Eesti_Toorahva_Kommuun, lk 47
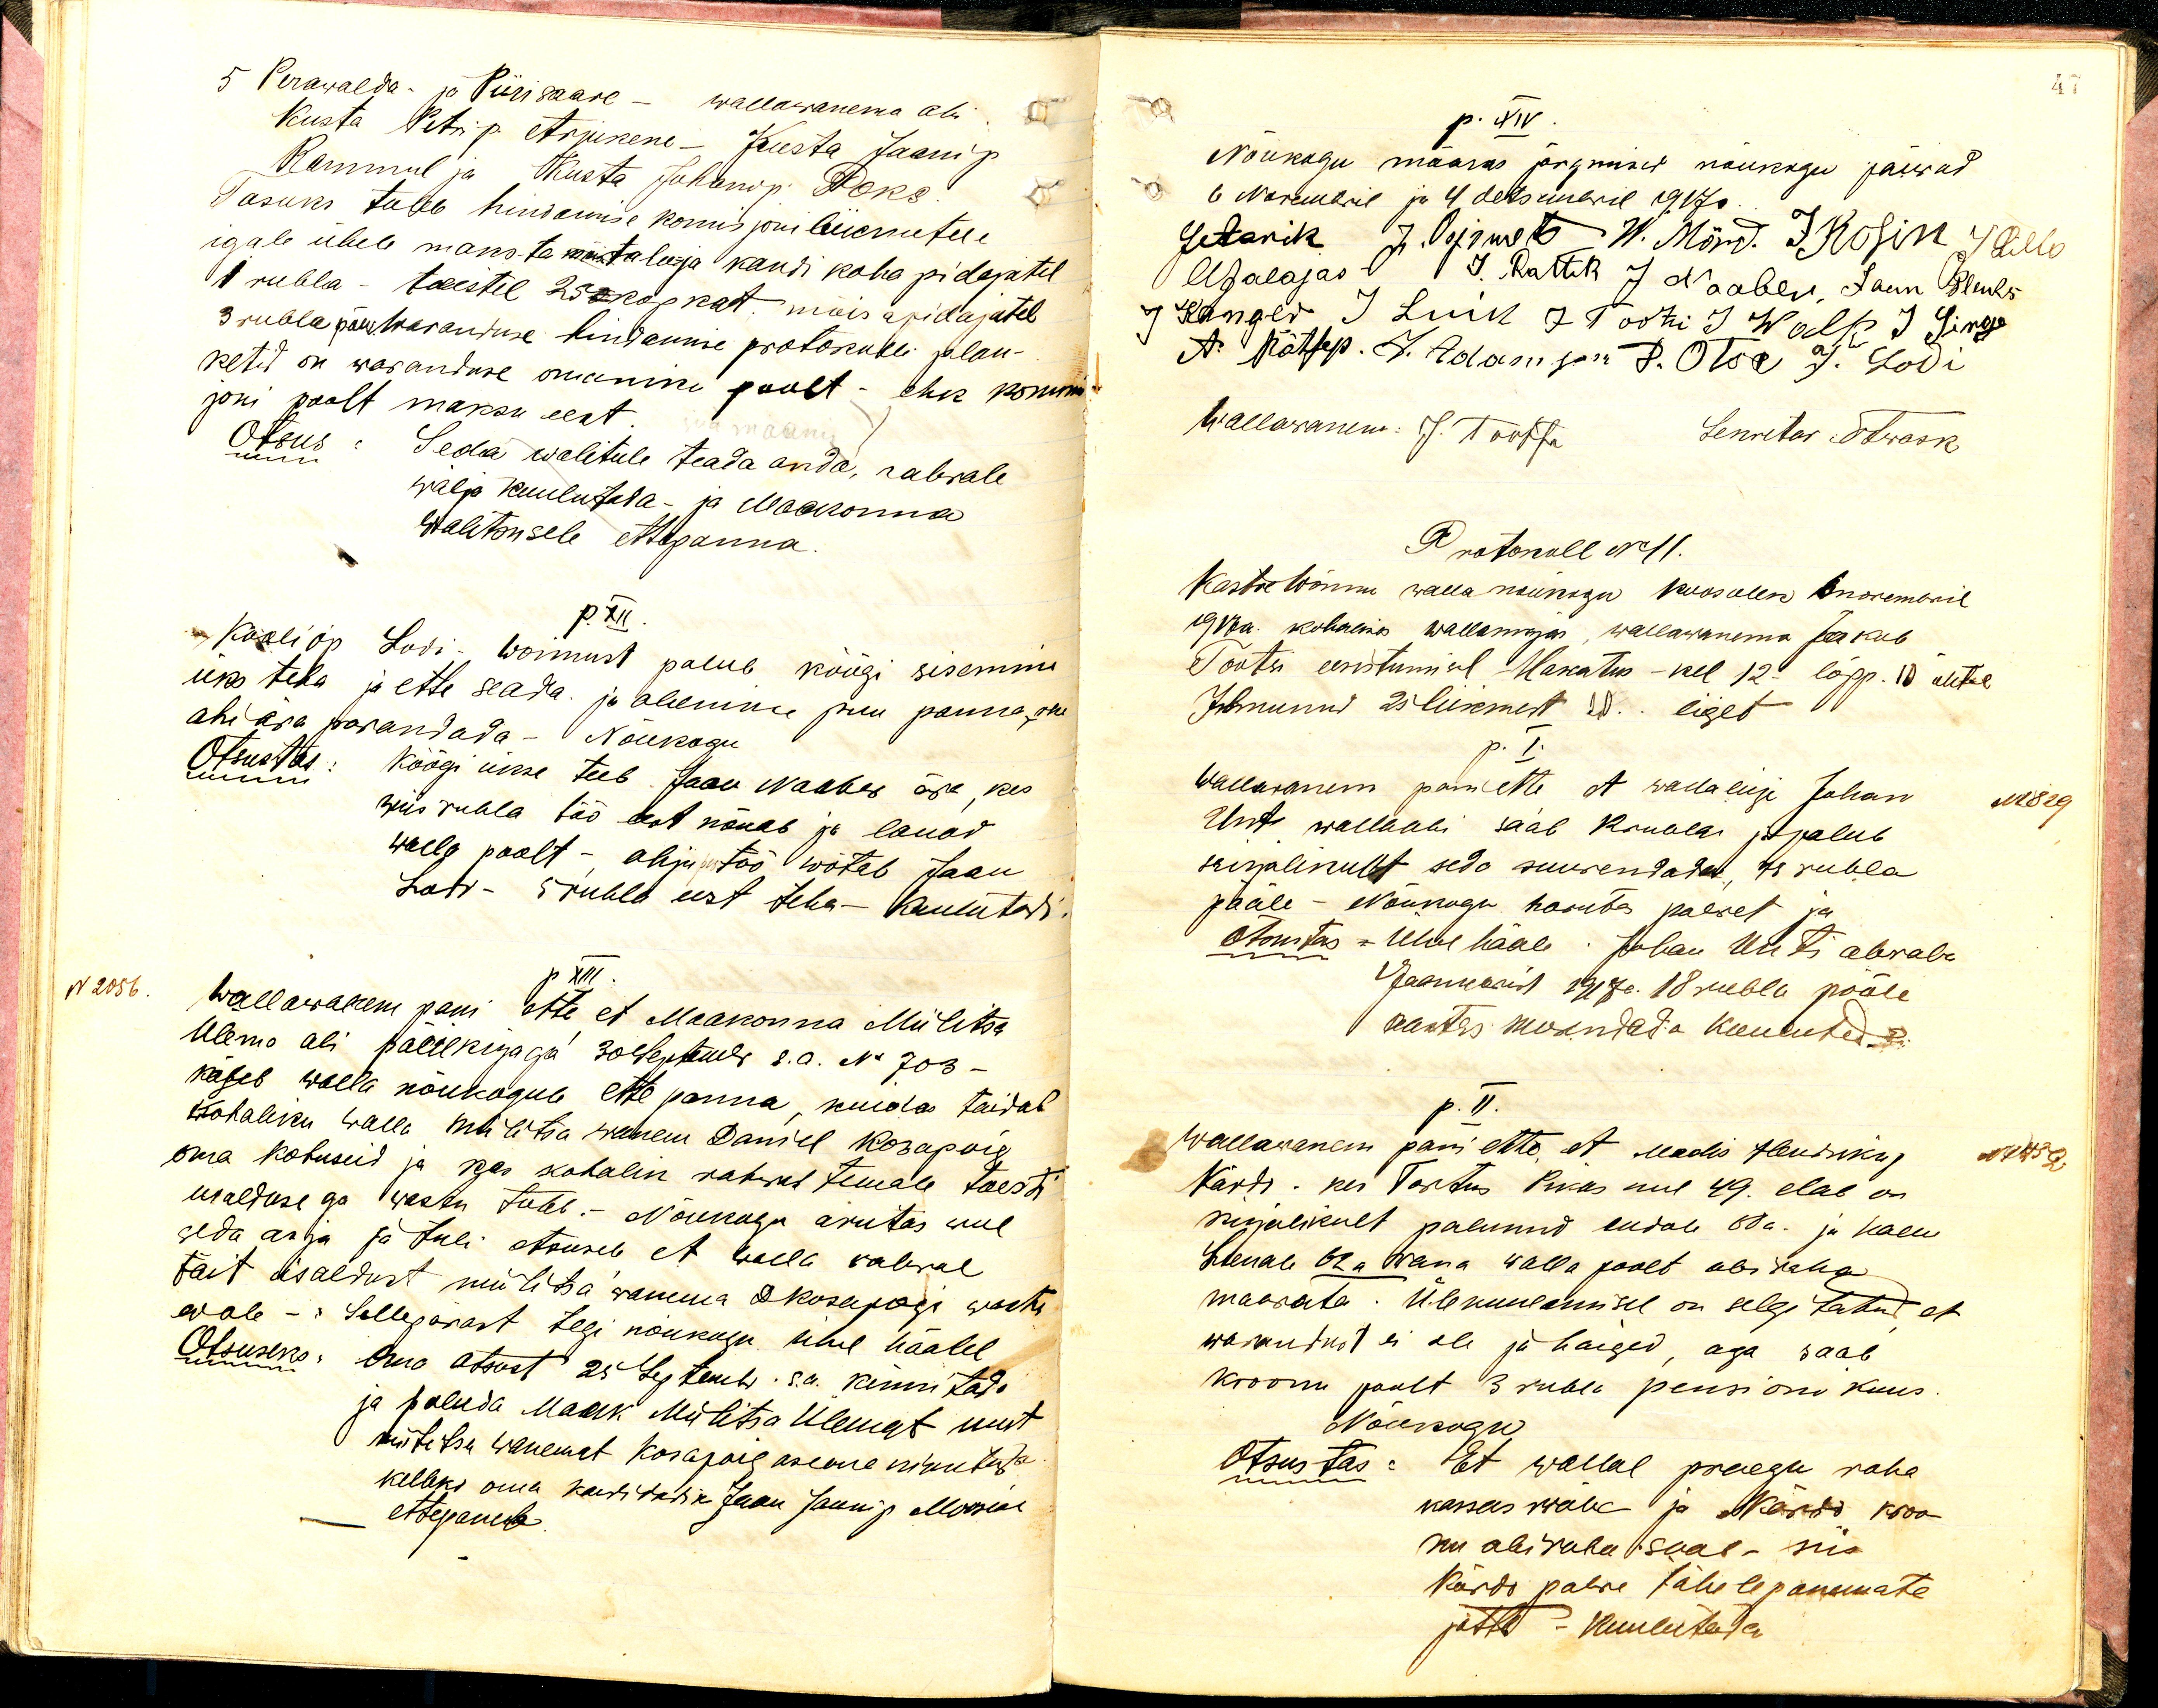
5 Perawalda- ja Piirisaare - wallawanema abi
Kusta Petri p. Arjukene - Kusta Jaani p.
Rammul ja Kusta Juhani p. Poks
Tasuks tuleb hindamise komisjoni liikmetele
igale ühele maksta maatalu- ja kandi koha pidajatel
1 rubla - teistel 25 kopkat, mõisapidajate
3 rubla päw. waranduse hindamise protokolli plan-
ketid on waranduse omaniku poolt - ehk kommis-
joni poolt maksu eest
Otsus: Seda walitule teada anda, rahwale
wälja kuulutada- ja Maakonna
Walitusele ettepanna

p. XII
Kooliõp Lodi-Wõnnust palub köögi sisemini
üks teha ja ette seada ja alumine puu panna, kui
ahi ära parandada - Nõukogu
Otsustas. Köögi ukse teeb Jaan Naaber ära, kes
wiis rubla töö eest nõuab ja lauad
walla poolt - ahju töö wõtab Jaan
Lodi - 5 rubla eest teha-kuulutadi.

N 2056.
p XIII
Wallawalem pani ette et Maakonna Miilitsa
Ülema abi päälkirjaga 30 Septembr. s.a. No 703-
käseb walla nõukogule ette panna, kuidas täidab
Kohaliku walla militsa wanem Daniel Kosapoig
oma kohuseid ja kas kohalik rahwas temale tõesti
wolitusega wastu tuleb. Nõukogu arutas weel
seda asja ja tuli otsusele et walla rahwal
täit usaldust miilitsa wanema D Kosaposi wastu
wale - Sellepärast tegi nõukogu ühel häälel,
Otsuseks: Oma otsust 25 Septembr. s.a. kinnitada
ja paluda Maak Miilitsa Ülemat kust
miilitsa wanemat Kosapoig aseme nimetada
kelleks oma kandidadik Jaan Jaani p Moosesi
ettepanek

p. XIV.
Nõukogu määras järgmised nõukogu päewad
6 Nowembril ja 4 detsembril 1917 a.
Jetarik J. Orjemets W. Mörd. IKosin J Lillo
AJalajas v. J. Rattik J. Naaber, Jaan Pleuks
J Kanger J Luik J Tootsi J Walp J Singe
A. Rätsep. J. Adamson P. Otsa J. Lodi
Wallawanem J. Tootsi
Sekretar: SIwask
Protokoll N 11.
Kastre Wõnnu walla nõukogu koosolek 5 nowembril
1917 a. kohalikus wallamajas, wallawanema Jakob
Tootsi eesistumisel Hakatus - kel 12 lõpp. 10 õhtul
Ilmunud 25 liikmest 20.. liiget
p. I.
Wallawanem pani ette st wallaliige Johan N829
Unt wallaabi saab 12 rubla ja palub
kirjalikult seda suurendada, 18 rubla
pääle - Nõukogu harutas palwet ja
Otsustas - Ühel hääle Johan Unti abiraha
1 Jaanuarist 1918 a. 18 rubla pääle
aastas suurendada Kuulutadi
p. II.
Wallawanem pani ette, et Madis Hendriksky
Kärdo, kes Tartus Pikas uul 49. elab on
kirjalikult palunud endale 60a. ja naene
Leenale 62 a. wana walla poolt abi raha
maksata. Ülekuulamisel on selgitatud et
warandust ei ole ja haiged, aga saab
Kroonu poolt 3 rubla pensioni kuus
Nõukogu
Otsustas: Et wallal praegu raha
kassas waba ja Kärdo kroo-
nu abiraha saab - siis
Kärdo palwe tähelepanemata
jätta - kuulutada.